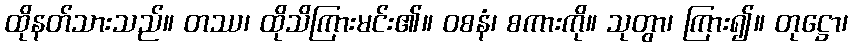
ထိုနတ်သားသည်။ တဿ၊ ထိုသိကြားမင်း၏။ ဝစနံ၊ စကားကို။ သုတွာ၊ ကြား၍။ တုဋ္ဌော၊